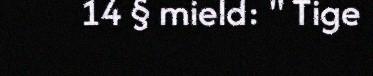
14 § mield: " Tige